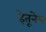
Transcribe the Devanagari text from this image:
हेतूनेच